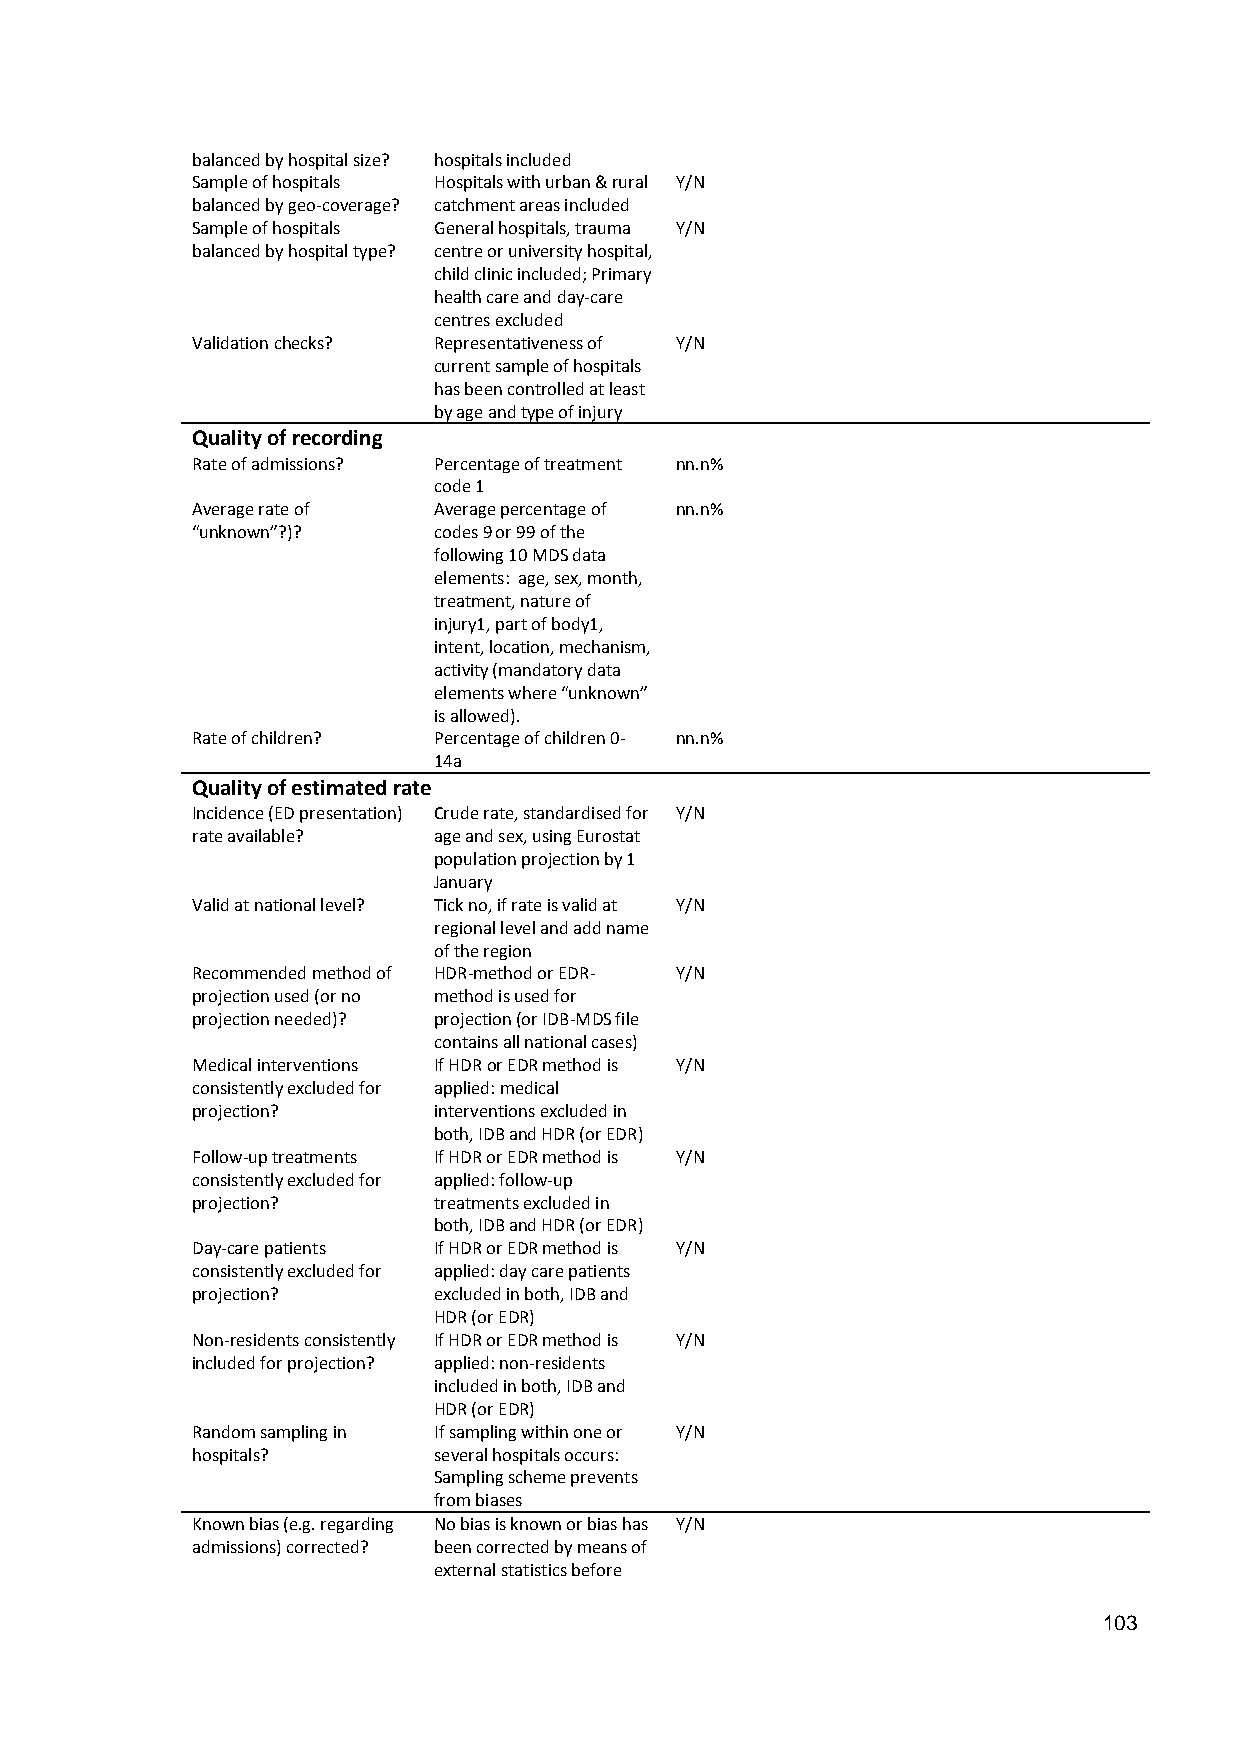
balanced by hospital size? hospitals included
 Sample of hospitals Hospitals with urban & rural Y/N
 balanced by geo-coverage? catchment areas included
 Sample of hospitals General hospitals, trauma Y/N
 balanced by hospital type? centre or university hospital,
 child clinic included; Primary
 health care and day-care
 centres excluded
 Validation checks? Representativeness of Y/N
 current sample of hospitals
 has been controlled at least
 by age and type of injury
 Quality of recording
 Rate of admissions? Percentage of treatment nn.n%
 code 1
 Average rate of Average percentage of nn.n%
 “unknown”?)?    codes 9 or 99 of the
 following 10 MDS data
 elements: age, sex, month,
 treatment, nature of
 injury1, part of body1,
 intent, location, mechanism,
 activity (mandatory data
 elements where “unknown”
 is allowed).
 Rate of children? Percentage of children 0- nn.n%
 14a
 Quality of estimated rate
 Incidence (ED presentation) Crude rate, standardised for Y/N
 rate available? age and sex, using Eurostat
 population projection by 1
 January
 Valid at national level? Tick no, if rate is valid at Y/N
 regional level and add name
 of the region
 Recommended method of HDR-method or EDR- Y/N
 projection used (or no method is used for
 projection needed)? projection (or IDB-MDS file
 contains all national cases)
 Medical interventions If HDR or EDR method is Y/N
 consistently excluded for applied: medical
 projection?     interventions excluded in
 both, IDB and HDR (or EDR)
 Follow-up treatments If HDR or EDR method is Y/N
 consistently excluded for applied: follow-up
 projection?     treatments excluded in
 both, IDB and HDR (or EDR)
 Day-care patients If HDR or EDR method is Y/N
 consistently excluded for applied: day care patients
 projection?     excluded in both, IDB and
 HDR (or EDR)
 Non-residents consistently If HDR or EDR method is Y/N
 included for projection? applied: non-residents
 included in both, IDB and
 HDR (or EDR)
 Random sampling in If sampling within one or Y/N
 hospitals?      several hospitals occurs:
 Sampling scheme prevents
 from biases
 Known bias (e.g. regarding No bias is known or bias has Y/N
 admissions) corrected? been corrected by means of
 external statistics before
 103